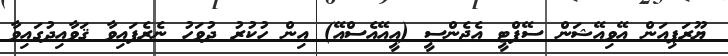
ޔޫރަޕިއަން އޭވިއޭޝަން ސޭފްޓީ އެޖެންސީ (އީއޭއެސްއޭ) އިން ހުކުރު ދުވަހު ނެރެފައިވާ ޤަވާއިދުގައިވާ